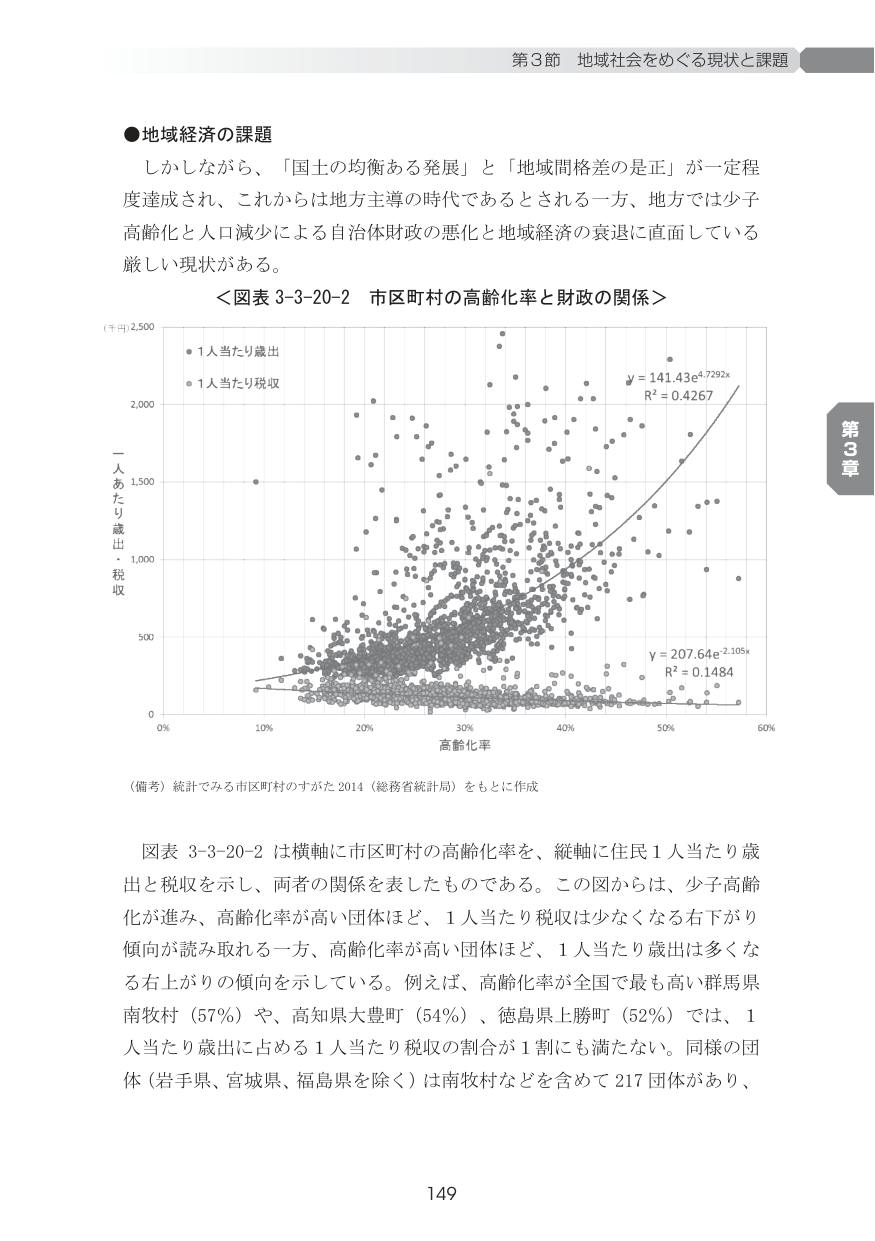
●地域経済の課題
しかしながら、「国土の均衡ある発展」と「地域間格差の是正」が一定程度達成され、これからは地方主導の時代であるとされる一方、地方では少子高齢化と人口減少による自治体財政の悪化と地域経済の衰退に直面している厳しい現状がある。

＜図表 3-3-20-2 市区町村の高齢化率と財政の関係＞

（千円）2,500
・1人当たり歳出
・1人当たり税収

一人あたり歳出・税収
500
0
0% 10% 20% 30% 40% 50% 60%
高齢化率

y = 141.43e^4.7292x
R² = 0.4267

y = 207.64e^-2.105x
R² = 0.1484

（備考）統計でみる市区町村のすがた 2014（総務省統計局）をもとに作成

図表 3-3-20-2 は横軸に市区町村の高齢化率を、縦軸に住民1人当たり歳出と税収を示し、両者の関係を表したものである。この図からは、少子高齢化が進み、高齢化率が高い団体ほど、1人当たり税収は少なくなる右下がり傾向が読み取れる一方、高齢化率が高い団体ほど、1人当たり歳出は多くなる右上がりの傾向を示している。例えば、高齢化率が全国で最も高い群馬県南牧村（57%）や、高知県大豊町（54%）、徳島県上勝町（52%）では、1人当たり歳出に占める1人当たり税収の割合が1割にも満たない。同様の団体（岩手県、宮城県、福島県を除く）は南牧村などを含めて217団体があり、

第3節 地域社会をめぐる現状と課題
第3章
149